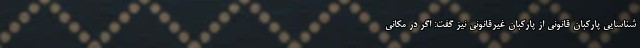
شناسایی پارکبان قانونی از پارکبان غیرقانونی نیز گفت: اگر در مکانی